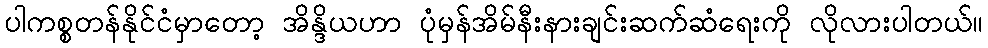
ပါကစ္စတန်နိုင်ငံမှာတော့ အိန္ဒိယဟာ ပုံမှန်အိမ်နီးနားချင်းဆက်ဆံရေးကို လိုလားပါတယ်။